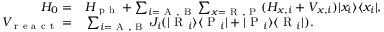
\begin{array} { r l r } { H _ { 0 } = } & { { } H _ { \mathrm { ~ p ~ h ~ } } + \sum _ { i = \mathrm { ~ A ~ } , \mathrm { ~ B ~ } } \sum _ { x = \mathrm { ~ R ~ } , \mathrm { ~ P ~ } } ( H _ { x , i } + V _ { x , i } ) | x _ { i } \rangle \langle x _ { i } | , } & { } \\ { V _ { \mathrm { ~ r ~ e ~ a ~ c ~ t ~ } } = } & { { } \sum _ { i = \mathrm { ~ A ~ , ~ B ~ } } J _ { i } ( | \mathrm { ~ R ~ } _ { i } \rangle \langle \mathrm { ~ P ~ } _ { i } | + | \mathrm { ~ P ~ } _ { i } \rangle \langle \mathrm { ~ R ~ } _ { i } | ) . } & { } \end{array}